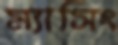
ম্যাসিং